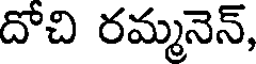
దోచి రమ్మనెన్,